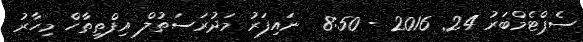
ސެޕްޓެމްބަރު 24